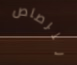
للرصاص